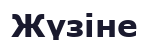
Жүзіне